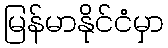
မြန်မာနိုင်ငံမှာ